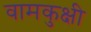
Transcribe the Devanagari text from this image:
वामकुक्षी